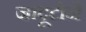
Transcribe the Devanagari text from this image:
जादूटोने